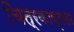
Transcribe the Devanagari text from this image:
चित्रकाव्यता